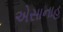
એસાનાહ